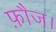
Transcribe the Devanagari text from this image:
फ़ौज।